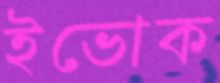
ইভোক